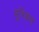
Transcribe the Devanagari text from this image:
मुश्‍किल